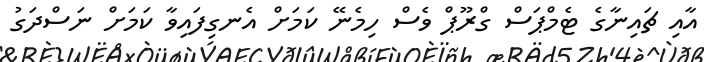
އާއި ޗައިނާގެ ޓެމްޕަސް ގްރޫޕް ވެސް ހިމެނޭ ކަމަށް އެނގިފައިވާ ކަމަށް ނަސްދަގު